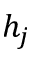
h _ { j }